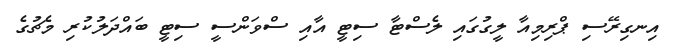
އިނގިރޭސި ޕްރިމިއާ ލީގުގައި ލެސްޓާ ސިޓީ އާއި ސްވަންސީ ސިޓީ ބައްދަލުކުރި މެޗުގެ